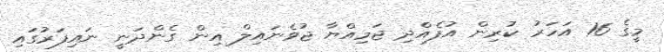
މީގެ 16 އަހަރު ކުރިން އުފެއްދި ޖަމިއްޔާ ޖުވެނައިލް އިން ގެންދަނީ ނައިފަރުގައި